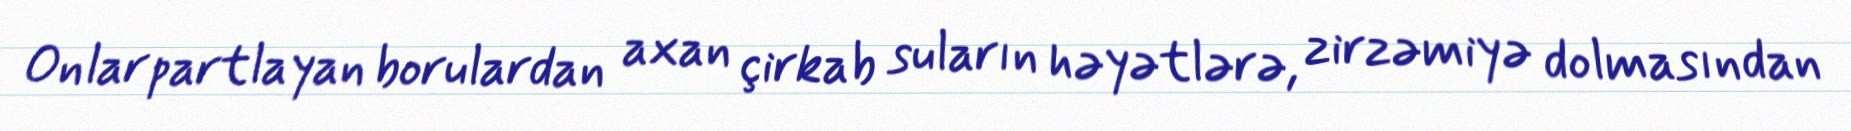
Onlar partlayan borulardan axan çirkab suların həyətlərə, zirzəmiyə dolmasından